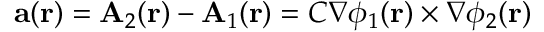
\mathbf { a } ( \mathbf { r } ) = \mathbf { A } _ { 2 } ( \mathbf { r } ) - \mathbf { A } _ { 1 } ( \mathbf { r } ) = C \nabla \phi _ { 1 } ( \mathbf { r } ) \times \nabla \phi _ { 2 } ( \mathbf { r } )